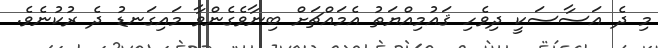
މި ދެ އަސާސަކީ ދިވެހި ޤައުމިއްޔަތު އެމައްޗަށް ބިނާވެގެންވާ މައިގަނޑު ދެ ރުކުނެވެ.